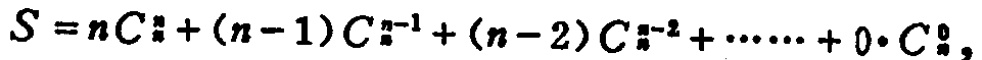
\[

S = nC_{n}^{n}+(n - 1)C_{n}^{n - 1}+(n - 2)C_{n}^{n - 2}+\cdots\cdots+0\cdot C_{n}^{0},

\]